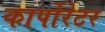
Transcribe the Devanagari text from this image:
कार्पोरेटर